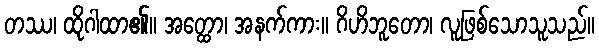
တဿ၊ ထိုဂါထာ၏။ အတ္ထော၊ အနက်ကား။ ဂိဟိဘူတော၊ လူဖြစ်သောသူသည်။